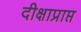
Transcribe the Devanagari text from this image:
दीक्षाप्राप्त